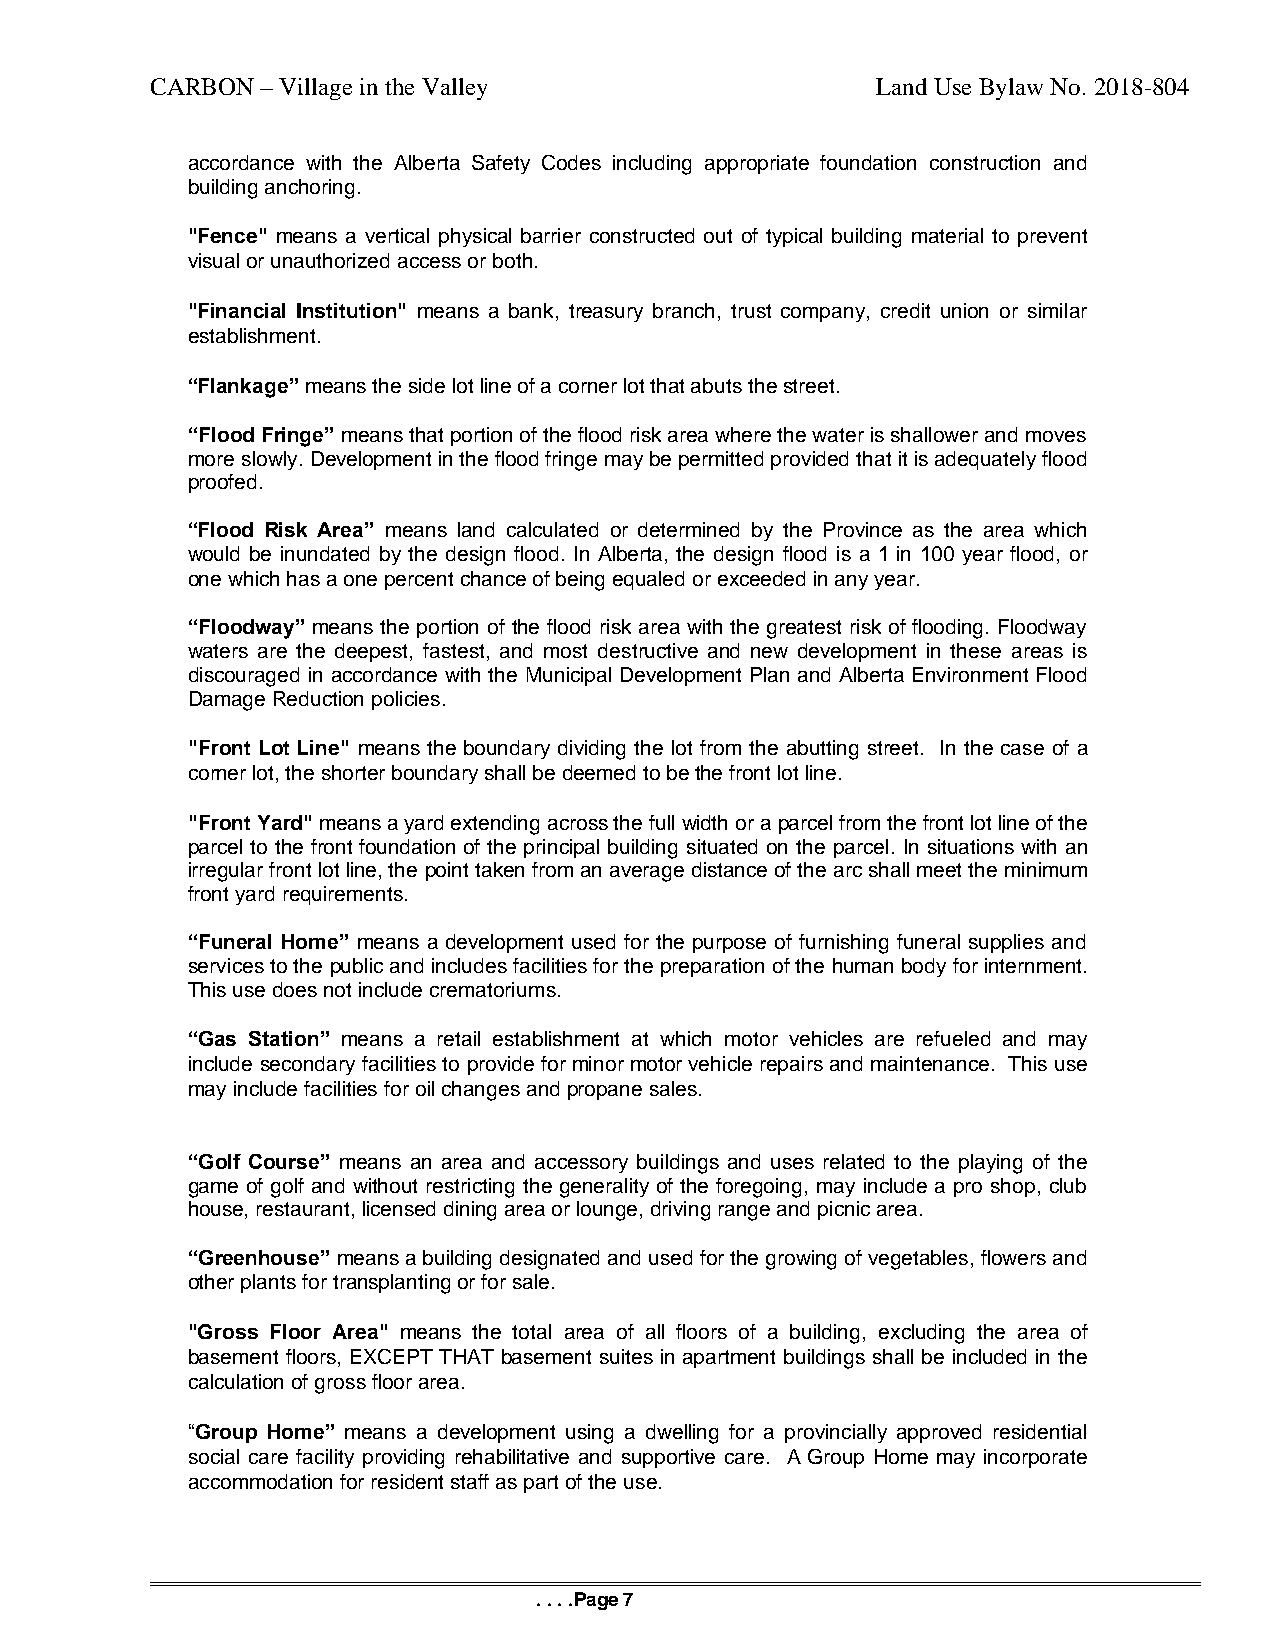
CARBON – Village in the Valley                  Land Use Bylaw No. 2018-804
 accordance with the Alberta Safety Codes including appropriate foundation construction and
 building anchoring.
 "Fence" means a vertical physical barrier constructed out of typical building material to prevent
 visual or unauthorized access or both.
 "Financial Institution" means a bank, treasury branch, trust company, credit union or similar
 establishment.
 “Flankage” means the side lot line of a corner lot that abuts the street.
 “Flood Fringe” means that portion of the flood risk area where the water is shallower and moves
 more slowly. Development in the flood fringe may be permitted provided that it is adequately flood
 proofed.
 “Flood Risk Area” means land calculated or determined by the Province as the area which
 would be inundated by the design flood. In Alberta, the design flood is a 1 in 100 year flood, or
 one which has a one percent chance of being equaled or exceeded in any year.
 “Floodway” means the portion of the flood risk area with the greatest risk of flooding. Floodway
 waters are the deepest, fastest, and most destructive and new development in these areas is
 discouraged in accordance with the Municipal Development Plan and Alberta Environment Flood
 Damage Reduction policies.
 "Front Lot Line" means the boundary dividing the lot from the abutting street. In the case of a
 corner lot, the shorter boundary shall be deemed to be the front lot line.
 "Front Yard" means a yard extending across the full width or a parcel from the front lot line of the
 parcel to the front foundation of the principal building situated on the parcel. In situations with an
 irregular front lot line, the point taken from an average distance of the arc shall meet the minimum
 front yard requirements.
 “Funeral Home” means a development used for the purpose of furnishing funeral supplies and
 services to the public and includes facilities for the preparation of the human body for internment.
 This use does not include crematoriums.
 “Gas Station” means a retail establishment at which motor vehicles are refueled and may
 include secondary facilities to provide for minor motor vehicle repairs and maintenance. This use
 may include facilities for oil changes and propane sales.
 “Golf Course” means an area and accessory buildings and uses related to the playing of the
 game of golf and without restricting the generality of the foregoing, may include a pro shop, club
 house, restaurant, licensed dining area or lounge, driving range and picnic area.
 “Greenhouse” means a building designated and used for the growing of vegetables, flowers and
 other plants for transplanting or for sale.
 "Gross Floor Area" means the total area of all floors of a building, excluding the area of
 basement floors, EXCEPT THAT basement suites in apartment buildings shall be included in the
 calculation of gross floor area.
 “Group Home” means a development using a dwelling for a provincially approved residential
 social care facility providing rehabilitative and supportive care. A Group Home may incorporate
 accommodation for resident staff as part of the use.
 . . . .Page 7